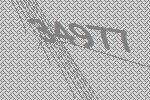
34977